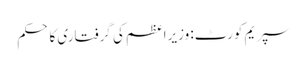
سپریم کورٹ: وزیراعظم کی گرفتاری کا حکم